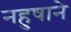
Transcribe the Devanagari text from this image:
नहुषाने